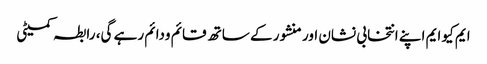
ایم کیو ایم اپنے انتخابی نشان اور منشور کے ساتھ قائم ودائم رہے گی، رابطہ کمیٹی